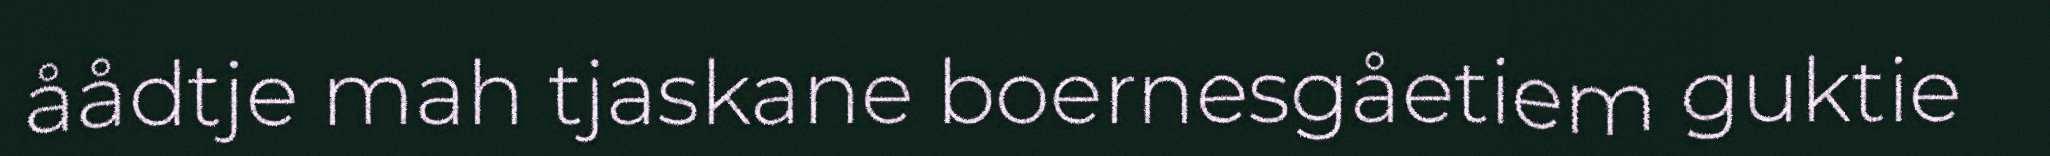
åådtje mah tjaskane boernesgåetiem guktie